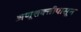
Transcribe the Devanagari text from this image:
अणूशक्तीपासून